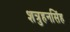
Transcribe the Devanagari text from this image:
शत्रुहनसिंह